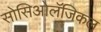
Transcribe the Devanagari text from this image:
सोसिओलॅजिकल